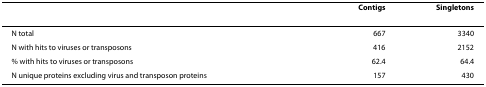
<table><thead><tr><td></td><td><b>Contigs</b></td><td><b>Singletons</b></td></tr></thead><tbody><tr><td>N total</td><td>667</td><td>3340</td></tr><tr><td>N with hits to viruses or transposons</td><td>416</td><td>2152</td></tr><tr><td>% with hits to viruses or transposons</td><td>62.4</td><td>64.4</td></tr><tr><td>N unique proteins excluding virus and transposon proteins</td><td>157</td><td>430</td></tr></tbody></table>